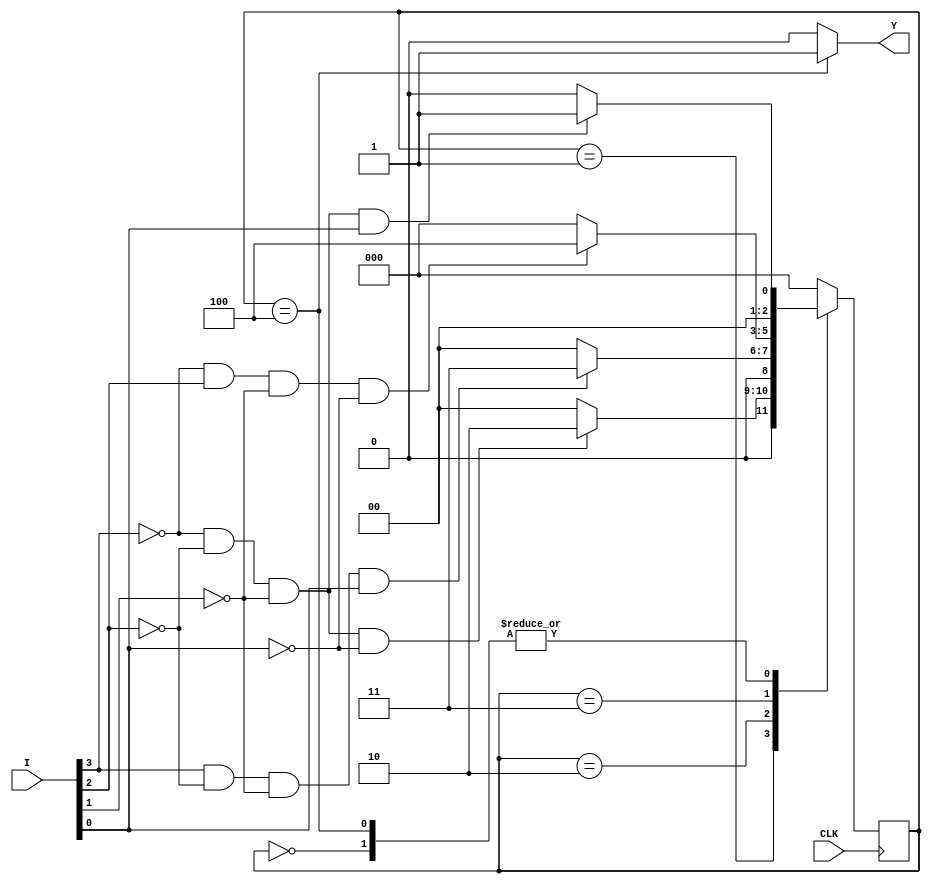
// SM : Task 1 C : Finite State Machine
/*
Instructions
-------------------
Students are not allowed to make any changes in the Module declaration.
This file is used to design a Finite State Machine.

Recommended Quartus Version : 19.1
The submitted project file must be 19.1 compatible as the evaluation will be done on Quartus Prime Lite 19.1.

Warning: The error due to compatibility will not be entertained.
			Do not make any changes to Test_Bench_Vector.txt file. Violating will result into Disqualification.
-------------------
*/

//Finite State Machine design
//Inputs  : I (4 bit) and CLK (clock)
//Output  : Y (Y = 1 when 1094 sequence(decimal number sequence) is detected)

//////////////////DO NOT MAKE ANY CHANGES IN MODULE//////////////////
module fsm(
	input CLK,			  //Clock
	input [3:0]I,       //INPUT I
	output Y		  //OUTPUT Y
);

////////////////////////WRITE YOUR CODE FROM HERE//////////////////// 
	

// Tip : Write your code such that Quartus Generates a State Machine 
//			(Tools > Netlist Viewers > State Machine Viewer).
// 		For doing so, you will have to properly declare State Variables of the
//       State Machine and also perform State Assignments correctly.
//			Use Verilog case statement to design.
	parameter S0=0,S1=1,S2=2,S3=3,S4=4;
	reg [2:0] NS,PS;
	reg temp;
	
	
	
	always @(posedge CLK)
		PS<=NS;
	always @(PS , I)
	begin
		case (PS)
		S0 : begin
				temp=0;
				if(I[3]==0 && I[2]==0 && I[1]==0 && I[0]==1)
				NS = S1;
				else NS = S0;
				end
		S1 : begin
				temp=0;
				if(I[3]==0 && I[2]==0 && I[1]==0 && I[0]==0)
				NS =S2;
				else 
				NS =S0;
				end
		S2 : begin
				temp=0;
				if(I[3]==1 && I[2]==0 && I[1]==0 && I[0]==1)
				NS = S3;
				else NS =S0;
				end
		S3 : begin
				if(I[3]==0 && I[2]==1 && I[1]==0 && I[0]==0)
				begin
				temp=0;
				NS =S4;
				end
				else begin
				temp=0;
				NS =S0;
				
				end
				end
		S4: begin
				temp=1;
				if(I[3]==0 && I[2]==0 && I[1]==0 && I[0]==1)
				NS=S1;
				else NS=S0;
				end
		default : begin
		NS=S0;
		temp=0;
		end
		endcase
		end


	assign Y=temp;

////////////////////////YOUR CODE ENDS HERE//////////////////////////
endmodule
///////////////////////////////MODULE ENDS///////////////////////////